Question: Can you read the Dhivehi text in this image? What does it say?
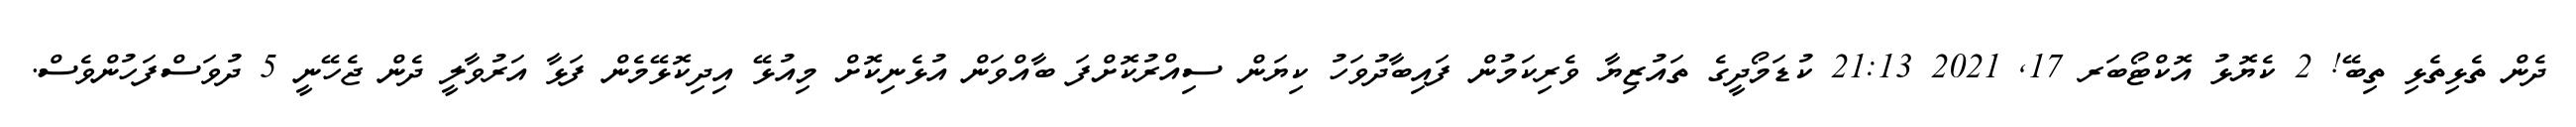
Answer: ދެން ތެޅިތެޅި ތިބޭ! 2 ކެޔޮޅު އޮކްޓޯބަރ 17, 2021 21:13 ކުޑަމޯދީގެ ތައުޒިޔާ ވެރިކަމުން ފައިބާދުވަހު ކިޔަން ސިއްރުކޮށްފަ ބާއްވަން އުޅެނިކޮށް މިއުޅޭ އިދިކޮޅޭމެން ފަޅާ އަރުވާލީ ދެން ޖެހޭނީ 5 ދުވަސްފަހުންވެސް.